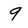
Character: 9